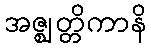
အဇ္ဈတ္တိကာနိ